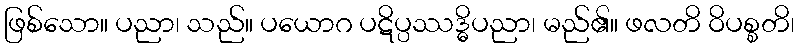
ဖြစ်သော။ ပညာ၊ သည်။ ပယောဂ ပဋိပ္ပဿဒ္ဓိပညာ၊ မည်၏။ ဖလတိ ဝိပစ္စတိ၊